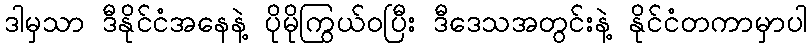
ဒါမှသာ ဒီနိုင်ငံအနေနဲ့ ပိုမိုကြွယ်ဝပြီး ဒီဒေသအတွင်းနဲ့ နိုင်ငံတကာမှာပါ